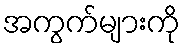
အကွက်များကို